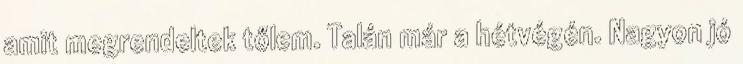
amit megrendeltek tőlem. Talán már a hétvégén. Nagyon jó